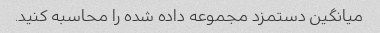
میانگین دستمزد مجموعه داده شده را محاسبه کنید.